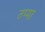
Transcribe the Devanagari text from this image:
तप्पा